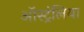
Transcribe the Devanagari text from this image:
ऑस्ट्रंलिया